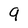
Character: 9